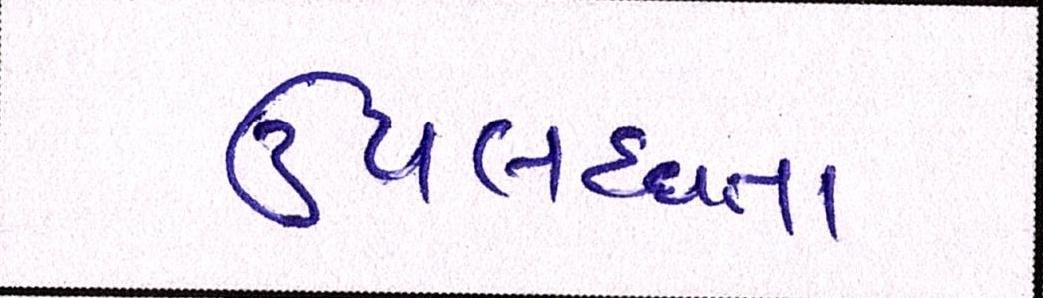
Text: ઉપલબ્ધતા